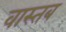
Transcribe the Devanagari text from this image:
वास्तब